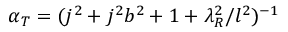
\alpha _ { T } = ( j ^ { 2 } + j ^ { 2 } b ^ { 2 } + 1 + \lambda _ { R } ^ { 2 } / l ^ { 2 } ) ^ { - 1 }